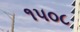
૧૫૦૮